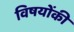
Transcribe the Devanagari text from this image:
विषयोंकी